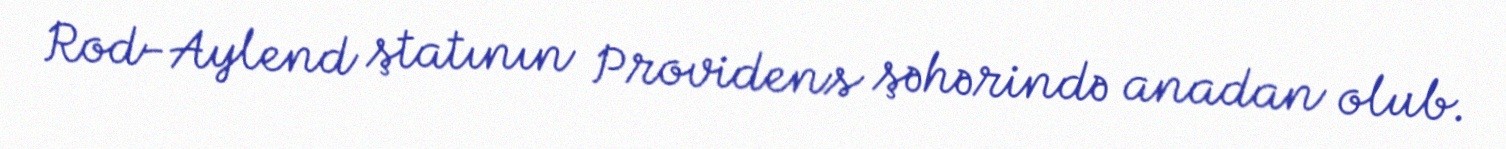
Rod-Aylend ştatının Providens şəhərində anadan olub.